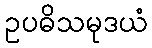
ဥပဓိသမုဒယံ